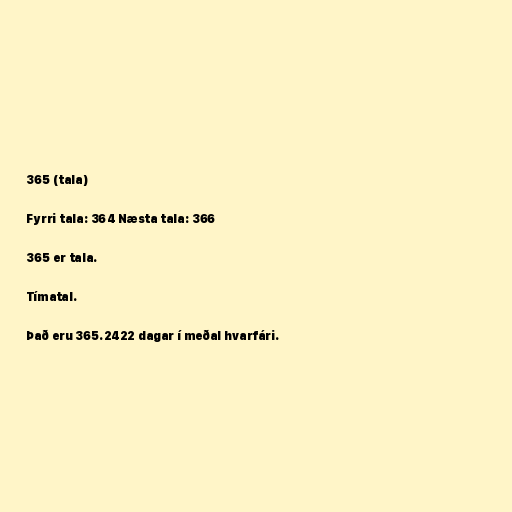
365 (tala)

Fyrri tala: 364 Næsta tala: 366

365 er tala.

Tímatal.

Það eru 365.2422 dagar í meðal hvarfári.